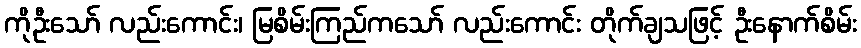
ကိုဦးသော် လည်းကောင်း၊ မြစိမ်းကြည်ကသော် လည်းကောင်း တိုက်ချသဖြင့် ဦးနောက်စိမ်း